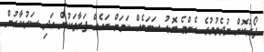
ފޯރުކޮށް ނުދެވުމުގެ އެންމެ ބޮޑު ސަބަބެއް ކަމަށް ބައެއް ފަރާތަކުން އަދި ސަރުކާރުން